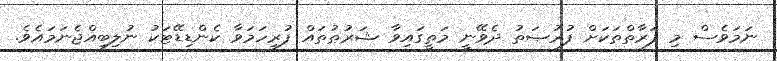
ނަމަވެސް މި ފަރާތްތަކަށް ފުރުޞަތު ދެވޭނީ މަތީގައިވާ ޝަރުޠުތައް ފުރިހަމަވާ ކެންޑިޑޭޓަކު ނުލިބިއްޖެނަމައެވެ.